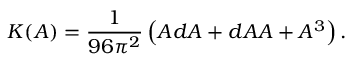
K ( A ) = \frac { 1 } { 9 6 \pi ^ { 2 } } \left( A d A + d A A + A ^ { 3 } \right) .